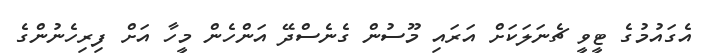
އެގައުމުގެ ޓީވީ ޗެނަލަކަށް އަރައި މޫސުން ގެނެސްދޭ އަންހެން މީހާ އަށް ފިރިހެނުންގެ